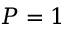
P = 1